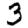
Digit: 3